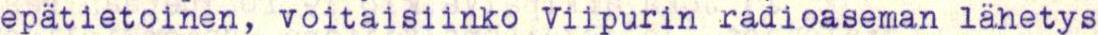
epätietoinen, voitaisiinko Viipurin radioaseman lähetys